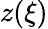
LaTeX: z(\xi)